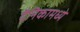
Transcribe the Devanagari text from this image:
दैनिकामध्ये